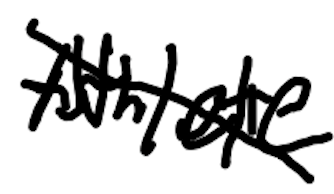
Text: Athlete
Cross-out: mix
Writing tool: digital_black